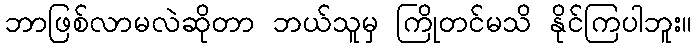
ဘာဖြစ်လာမလဲဆိုတာ ဘယ်သူမှ ကြိုတင်မသိ နိုင်ကြပါဘူး။